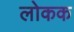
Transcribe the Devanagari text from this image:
लोकक